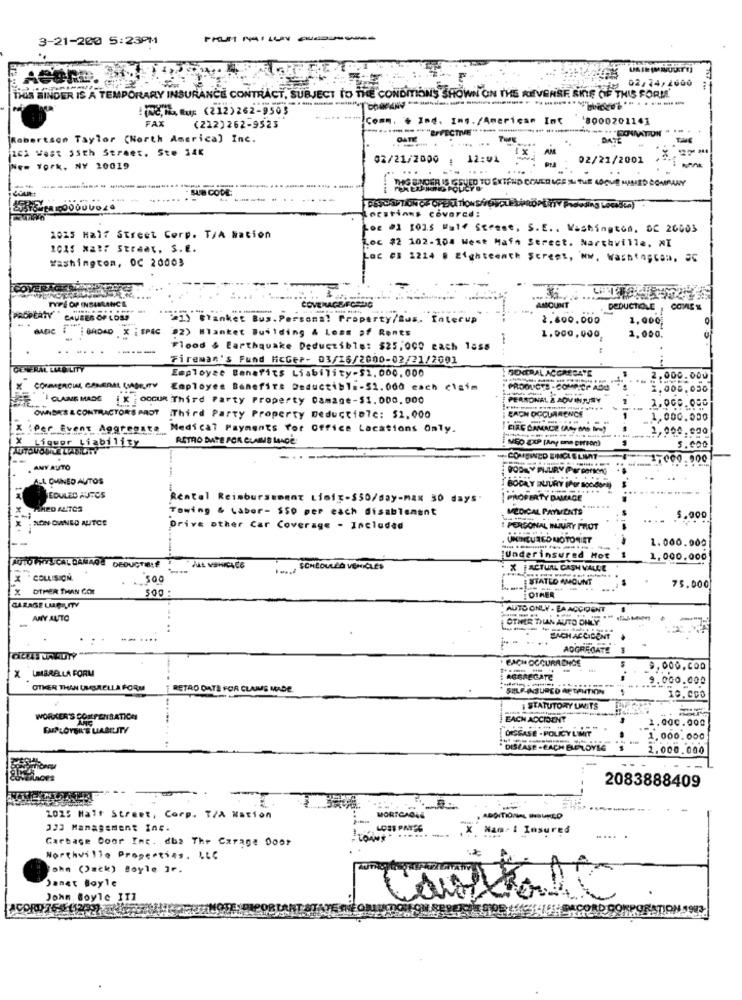
3-21-200 5:23PM
PRUM MAILLY AUDACIA
AGGre.
02/24/2600
THIS BINDER IS A TEMPORARY INSURANCE CONTRACT, SUBJECT TO THE CONDITIONS SHOWN ON THE REVERSE SKIE OF THIS FORM.
(me, i up (212)262-9505
IComm. . Ind. Ins./American Int
1800020114]
FAX
(222) 262-9523
PECTIVE"
abertson Taylor (North America] Inc.
DATE
DATE
101 West Ssth Street. Ste 346
02/21/2000
12:01
02/21/2001
York, NY 10019
RO SNOER IS ISSUED TO EXTEND COVERAGE IN THE LOCUE MIMED COMPANY
nestinns covered:
.E .3 10is Wat Stesse, S. E. , Washington, DC 26003
a025 Half Street Corp. T/A Nation
oc #2 102-104 West Main Street, Northville, NI
washington, DC 20003
DE EB 1224 @ Eighteenth Street, Nw, Washingcom. SC
TYPE OF INSAGLANCE
COVERAGEFORDIG
AMOUNT
DEDUCTIOLE . COMIST
CAUBER OF LOSS
"#1) Blanket Bus. Personal Property/Bus. Interup
2.600.000
1,000;
BASIC
BADAD
EPIC
92) Blanket Building & Loss of Renes
1.000,000
2.000.
.....
Flood & Earthquake Deductible: $25,000 each 1ass
.....
Fireman's Fund HcGer- 03/16/2000-02/21/2001
GENERAL LLLO LITY
Employee Benefits Liability-52,000,000
SOMTRAL ACCRECATE
------
2.000.000
Employee Benefits Deductible-52.000 each claim
PRODUCTS - COMP.CP ADD
2.008.030
IGUANE MADE
CLAUME MADG X OCCUR Third Party Property Damage-$1. 000.000
PERRONAL & ADV INJURY
CAEN OCCURRENCE
Third Party Property Deductie?e: $2,000
1,000.000
Per Event Aggregate
Medi cal Payments For Office Lacations Only.
ETRE COMACE CASY AAD Boot
-----
Liquor Liability
RETRO DATE FOR CLARAS LANDE
MED EXP (Any one person)
5.000
COMBINED EINCLS LIANT
7000.900
.AMY AUTO
ALL OMINNED AUTOS
BODAY INJURY IPUT BOOK
EDULES AUTOS
Rental Reimbursement Liaix-550/day-max 30 days
| PROPERTY DAMAGE
Towing & Labor- SSO per each disablement
MEDICAL PAYMENTS
CLON OVINED ALITCE
5.000
Drive other Car Coverage - Included
I PERSONAL MUURY PRUT
UNCICURED MOTORIET
1.000.000
------------
4010 PHYSICAL DAMAGE O
Underinsured Hot
1,000,000
DEDUCTIBLE
SCHEDULED VEHICLES
. X FACTUAL CASH VALLE
COLLISION
.. 300
STATLO AMOUNT
x
X OTHER THAN COR
500
75.000
OTHER
GARAGE LMAGILITY
AUTO ONLY . EA ACCIDENT
ANY AUTO
OTHER THUAN AUTO ONLY
--
-
EACH ACCIDENT
AGGREGATE
· BACH OCCURA DICE
X UMBRELLA FORM
9.000.000
AGGREGATE
.000.000
OTHER THAN UNGSRELLA FORM
RETRO DATE FOR CLAIMS MADE
SELF-INSURED AR DENTION
STATUTORY LIMITS
WORKER'S COMPENSATION
EACH ACCIDENT
1.000.000
EMPLOYER'S LIABILITY
DISEASE . POLICY LIMIT
-
1.000.000
DISEASE -CACH BELDYLE
2.000.000
2083888409
1025 Halt Street, Corp. T/A Nation
MORTGAGE
ADDITIONAL IHSUELO
323 Management Inc.
"K" Nam- I Insured
Garbage Coor Inc. dbe The Carage Door
Northville Properties, LLC
ohn (Jack) Boyle 1r.
Janet Boyle
John Boyle IT1
Contac
ACORDES (12/937
PRATION